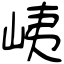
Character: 峓